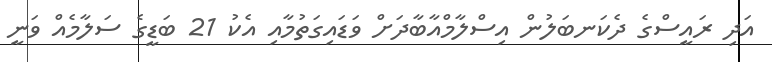
އަދި ރައީސްގެ ދެކަނބަލުން އިސްލާމްއާބާދަށް ވަޑައިގަތުމާއި އެކު 21 ބަޑީގެ ސަލާމެއް ވަނީ